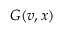
G ( v , x )